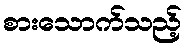
စားသောက်သည့်